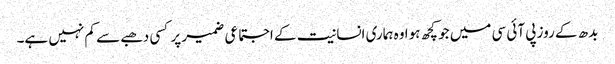
بدھ کے روز پی آئی سی میں جو کچھ ہوا وہ ہماری انسانیت کے اجتماعی ضمیر پر کسی دھبے سے کم نہیں ہے۔